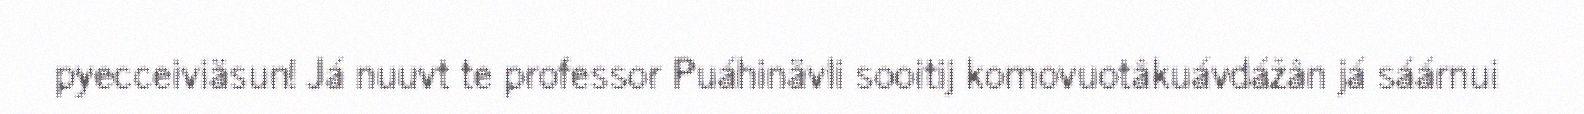
pyecceiviäsun! Já nuuvt te professor Puáhinävli sooitij komovuotâkuávdážân já sáárnui